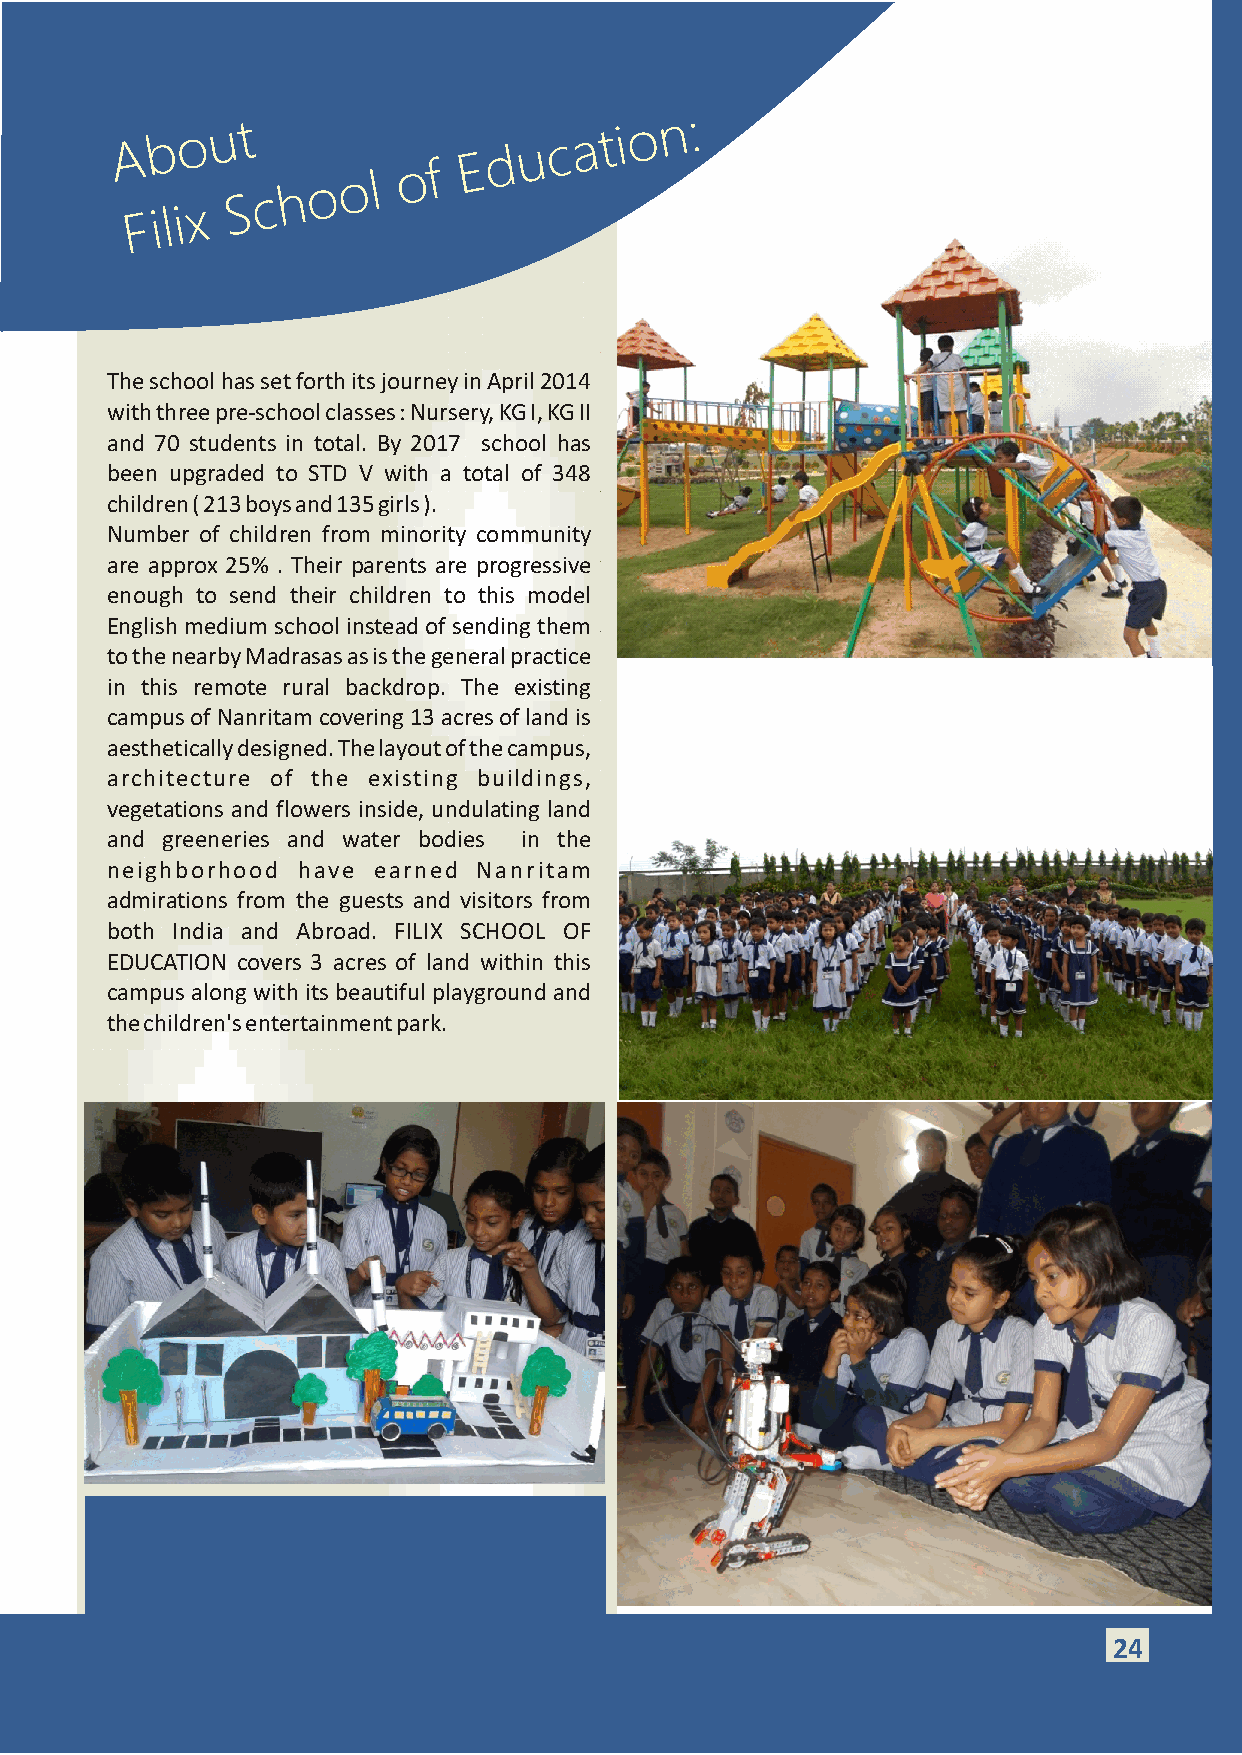
A Fb
 i l
 io
 x
 u St
 c h o o l
 o f
 E d u c a t i o n :
 The school has set forth its journey in April 2014
 with three pre-school classes : Nursery, KG I, KG II
 and 70 students in total. By 2017 school has
 been upgraded to STD V with a total of 348
 children ( 213 boys and 135 girls ).
 Number of children from minority community
 are approx 25% . Their parents are progressive
 enough to send their children to this model
 English medium school instead of sending them
 to the nearby Madrasas as is the general practice
 in this remote rural backdrop. The existing
 campus of Nanritam covering 13 acres of land is
 aesthetically designed. The layout of the campus,
 architecture of the existing buildings,
 vegetations and flowers inside, undulating land
 and greeneries and water bodies in the
 neighborhood have earned Nanritam
 admirations from the guests and visitors from
 both India and Abroad. FILIX SCHOOL OF
 EDUCATION covers 3 acres of land within this
 campus along with its beautiful playground and
 the children's entertainment park.
 1294